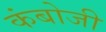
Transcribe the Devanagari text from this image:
कंबोजी